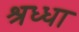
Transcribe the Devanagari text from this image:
श्रध्धा